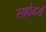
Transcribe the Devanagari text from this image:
सहोदर्य